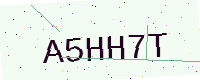
Text: A5HH7T